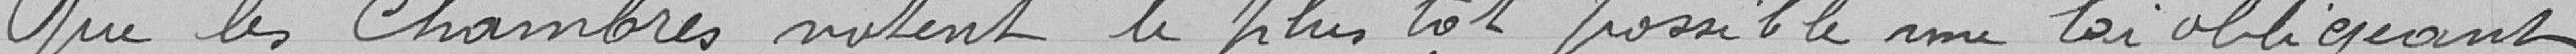
Que les Chambres votent le plus tot possible une loi obligeant